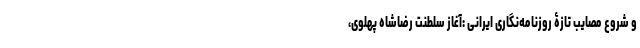
و شروع مصایب تازۀ روزنامه‌نگاری ایرانی :آغاز سلطنت رضا‌شاه پهلوی،